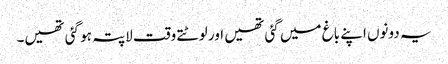
یہ دونوں اپنے باغ میں گئی تھیں اور لوٹتے وقت لاپتہ ہو گئی تھیں۔